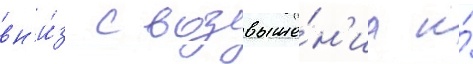
вн'и́з с возвыше́н'иа и́